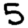
Digit: 5